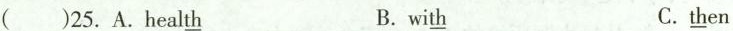
( )25. A.heal\underline{th} B.wi\underline{th} C.\underline{th}en